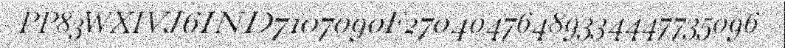
PP83WXIVJ6IND7107090F27040476489334447735096